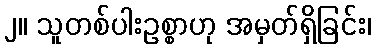
၂။ သူတစ်ပါးဥစ္စာဟု အမှတ်ရှိခြင်း၊